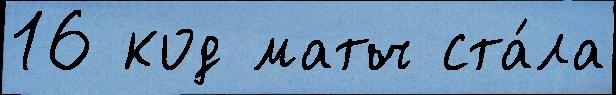
16 код матч ста́ла